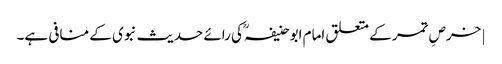
| خرصِ تمر کے متعلق امام ابو حنیفہؒ کی رائے حدیث نبوی کے منافی ہے۔